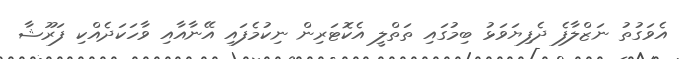
އެވަގުތު ނަޒްލާފެ ދެފިޔަވަޅު ބިމުގައި ތަތްލީ އެކޮޓަރިން ނިކުމެފައި އޭނާއާއި ވާހަކަދެއްކި ފަރޫޝާ